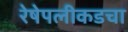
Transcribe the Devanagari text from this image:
रेषेपलीकडचा